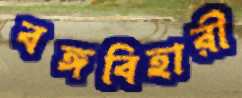
বঙ্গবিহারী